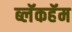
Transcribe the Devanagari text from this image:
ब्लॅकहॅम